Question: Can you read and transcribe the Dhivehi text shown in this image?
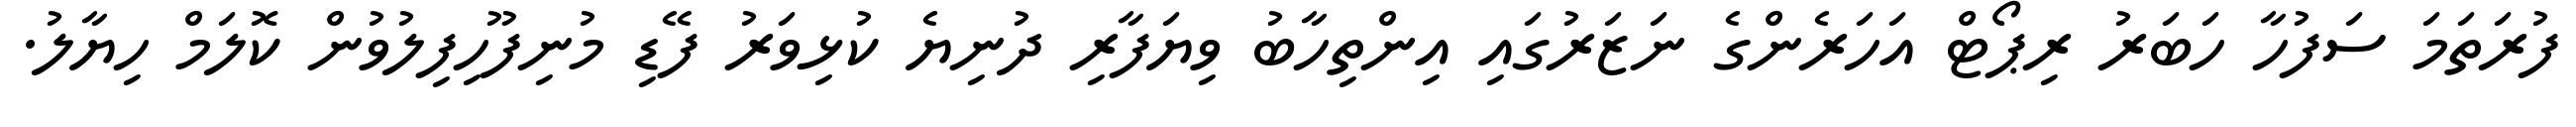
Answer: ފުރަތަމަ ސަފުހާ ހަބަރު ރިޕޯޓް އަހަރެންގެ ނަޒަރުގައި އިންތިހާބު ވިޔަފާރި ދުނިޔެ ކުޅިވަރު ފޭޑި މުނިފޫހިފިލުވުން ކޮލަމް ހިޔާލު.